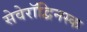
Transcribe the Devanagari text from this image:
सेवेरॉद्विनस्क